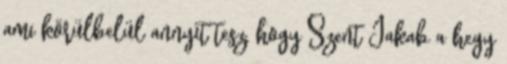
ami körülbelül annyit tesz, hogy Szent Jakab a hegy